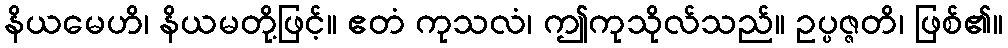
နိယမေဟိ၊ နိယမတို့ဖြင့်။ ဧတံ ကုသလံ၊ ဤကုသိုလ်သည်။ ဥပ္ပဇ္ဇတိ၊ ဖြစ်၏။